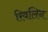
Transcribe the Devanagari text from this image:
रिवलिन